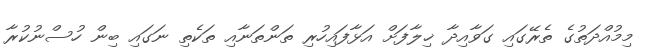
މިމުއްދަތުގެ ތެރޭގައި ގަވާއިދާ ޚިލާފަށް އަޅާފައިހުރި ތަންތަނާއި ތަކެތި ނަގައި ބިން ހުސްނުކުރާ